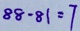
8 8 - 8 1 = 7